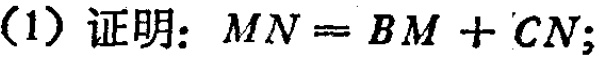
(1) 证明：$MN = BM + CN$;